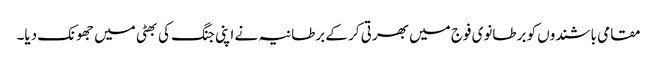
مقامی باشندوں کو برطانوی فوج میں بھرتی کر کے برطانیہ نے اپنی جنگ کی بھٹی میں جھونک دیا۔